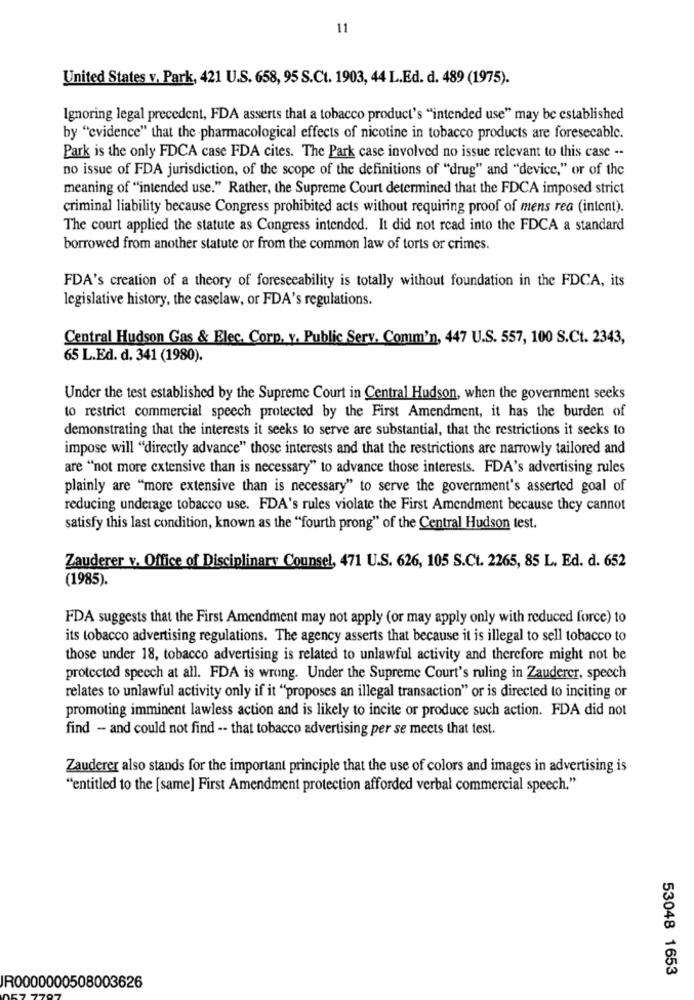
11
United States v. Park, 421 U.S. 658, 95 S.Ct. 1903, 44 L.Ed. d. 489 (1975).
Ignoring legal precedent, FDA asserts that a tobacco product's "intended use" may be established
by "evidence" that the pharmacological effects of nicotine in tobacco products are foresecable.
Park is the only FDCA case FDA cites. The Park case involved no issue relevant to this case --
no issue of FDA jurisdiction, of the scope of the definitions of "drug" and "device," or of the
meaning of "intended use." Rather, the Supreme Court determined that the FDCA imposed strict
criminal liability because Congress prohibited acts without requiring proof of mens rea (intent).
The court applied the statute as Congress intended. It did not read into the FDCA a standard
borrowed from another statute or from the common law of torts or crimes.
FDA's creation of a theory of foreseeability is totally without foundation in the FDCA, its
legislative history, the caselaw, or FDA's regulations.
Central Hudson Gas & Elec. Corp. v. Public Serv. Comm'n, 447 U.S. 557, 100 S.Ct. 2343,
65 L.Ed. d. 341 (1980).
Under the test established by the Supreme Court in Central Hudson, when the government seeks
to restrict commercial speech protected by the First Amendment, it has the burden of
demonstrating that the interests it seeks to serve are substantial, that the restrictions it seeks to
impose will "directly advance" those interests and that the restrictions are narrowly tailored and
are "not more extensive than is necessary" to advance those interests. FDA's advertising rules
plainly are "more extensive than is necessary" to serve the government's asserted goal of
reducing underage tobacco use. FDA's rules violate the First Amendment because they cannot
satisfy this last condition, known as the "fourth prong" of the Central Hudson test.
Zauderer v. Office of Disciplinary Counsel, 471 U.S. 626, 105 S.Ct. 2265, 85 L. Ed. d. 652
(1985).
FDA suggests that the First Amendment may not apply (or may apply only with reduced force) to
its tobacco advertising regulations. The agency asserts that because it is illegal to sell tobacco to
those under 18, tobacco advertising is related to unlawful activity and therefore might not be
protected specch at all. FDA is wrong. Under the Supreme Court's ruling in Zauderer, speech
relates to unlawful activity only if it "proposes an illegal transaction" or is directed to inciting or
promoting imminent lawless action and is likely to incite or produce such action. FDA did not
find - and could not find -- that tobacco advertising per se meets that test.
Zauderer also stands for the important principle that the use of colors and images in advertising is
"entitled to the [same] First Amendment protection afforded verbal commercial speech."
53048 1653
IR0000000508003626